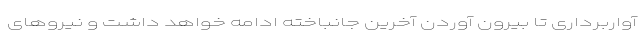
آواربرداری تا بیرون آوردن آخرین جانباخته ادامه خواهد داشت و نیروهای